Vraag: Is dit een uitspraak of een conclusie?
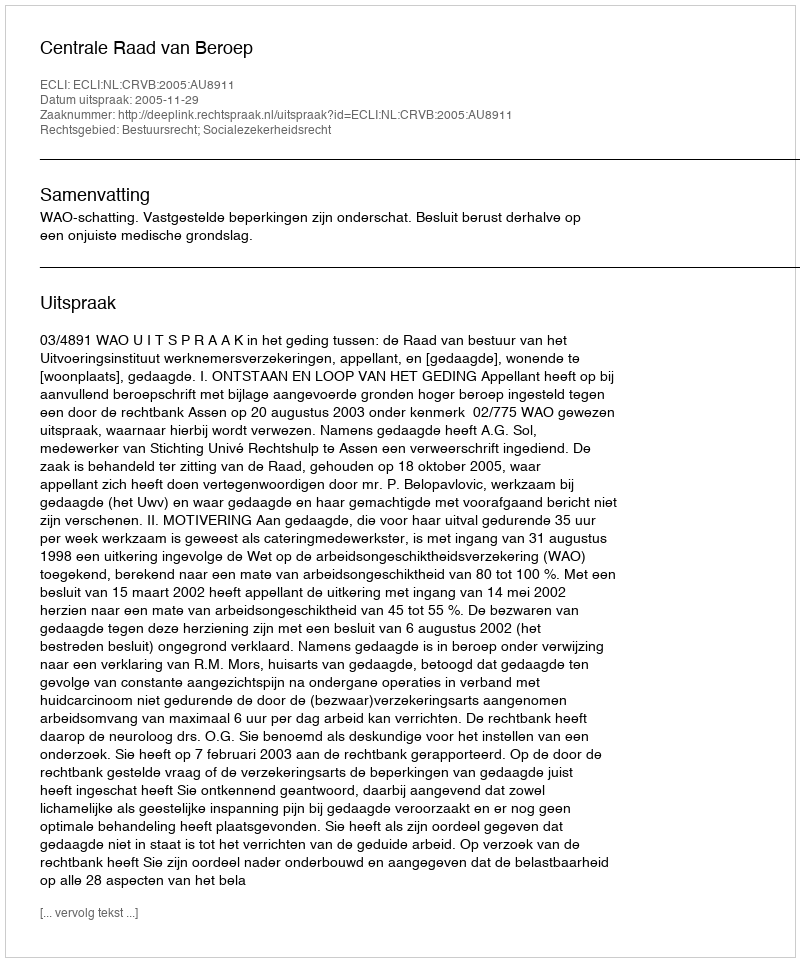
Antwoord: Uitspraak